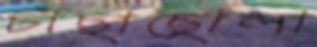
চাঁছাছোলা